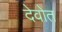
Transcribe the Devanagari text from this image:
देवोत